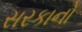
સરકાનો